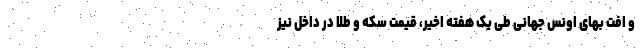
و افت بهای اونس جهانی طی یک هفته اخیر، قیمت سکه و طلا در داخل نیز